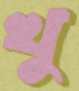
খু